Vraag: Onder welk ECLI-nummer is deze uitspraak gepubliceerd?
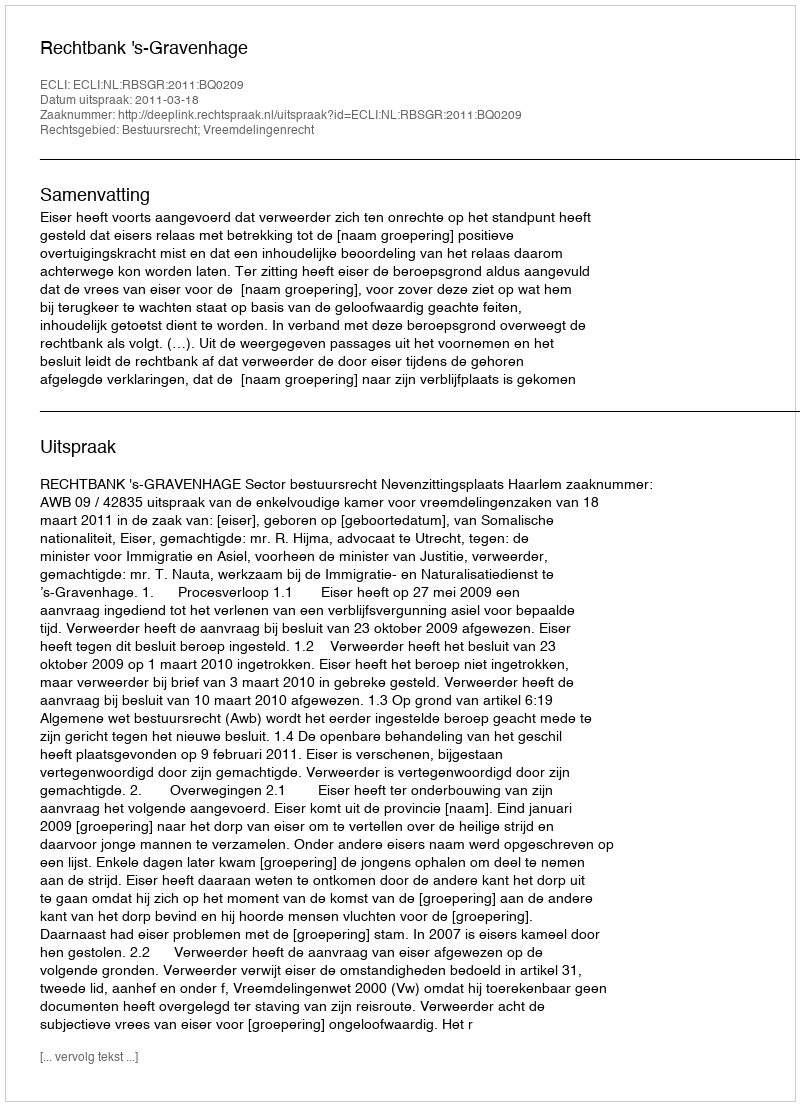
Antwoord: ECLI:NL:RBSGR:2011:BQ0209